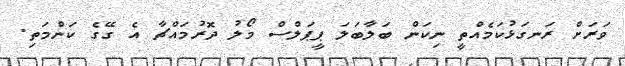
ވަރަށް ރަނގަޅުކަމެއްތީ ނިކަން ބަލާބަލަ ޕީޕަލްސް މޯލު ދޮރުމައްޗާ އެ ގޭގެ ކަންމަތި.